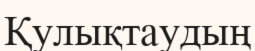
Қулықтаудың